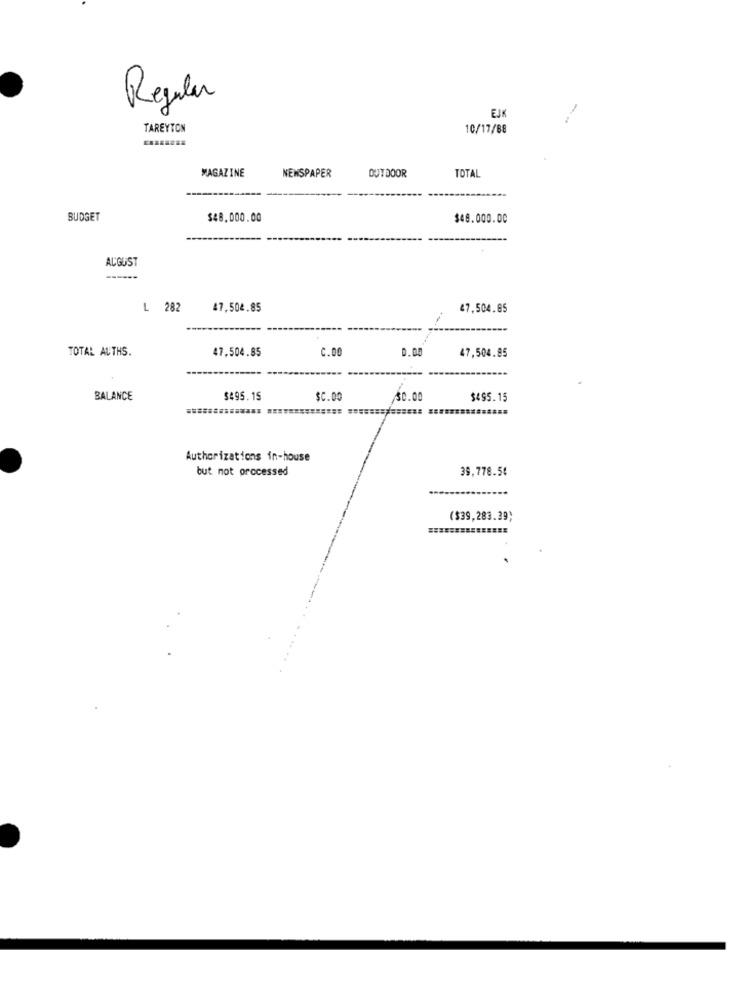
Regular
EJK
TAREYTON
10/17/88
MAGAZINE
NEWSPAPER
OUTDOOR
TOTAL
BUDGET
$48.000.00
$48.000.00
AUGUST
L 282
47,504.85
47,504.85
TOTAL AUTHS.
47,504.85
C.00
0.00
47,504.85
BALANCE
$495.15
$C.00
30.00
$495.15
Authorizations in-house
but not processed
39,778.54
($39,283.39)